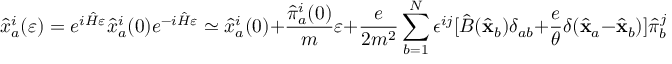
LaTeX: { \hat { x } } _ { a } ^ { i } ( \varepsilon ) = e ^ { i { \hat { H } } \varepsilon } { \hat { x } } _ { a } ^ { i } ( 0 ) e ^ { - i { \hat { H } } \varepsilon } \simeq { \hat { x } } _ { a } ^ { i } ( 0 ) + { \frac { { \hat { \pi } } _ { a } ^ { i } ( 0 ) } { m } } \varepsilon + { \frac { e } { 2 m ^ { 2 } } } \sum _ { b = 1 } ^ { N } \epsilon ^ { i j } [ { \hat { B } } ( { \hat { \bf x } } _ { b } ) \delta _ { a b } + { \frac { e } { \theta } } \delta ( { \hat { \bf x } } _ { a } - { \hat { \bf x } } _ { b } ) ] { \hat { \pi } } _ { b } ^ { j } ( 0 ) \varepsilon ^ { 2 }